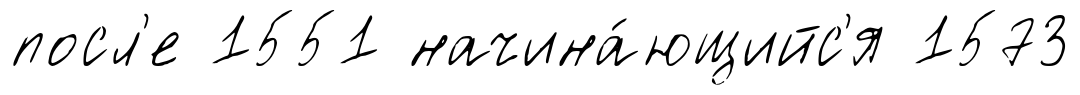
посл'е 1551 начина́ющийс'я 1573